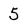
Character: 5